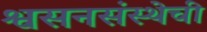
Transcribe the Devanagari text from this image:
श्वसनसंस्थेची